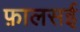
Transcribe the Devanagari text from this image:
फ़ालसई